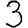
Digit: 3